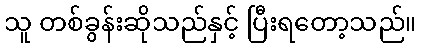
သူ တစ်ခွန်းဆိုသည်နှင့် ပြီးရတော့သည်။